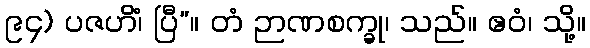
၉၄) ပဇဟိံ၊ ပြီ”။ တံ ဉာဏစက္ခု၊ သည်။ ဧဝံ၊ သို့။